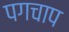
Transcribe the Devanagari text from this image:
पगचाप